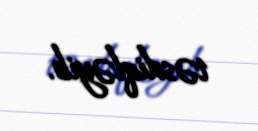
təsdiqləyib.